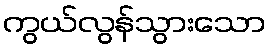
ကွယ်လွန်သွားသော